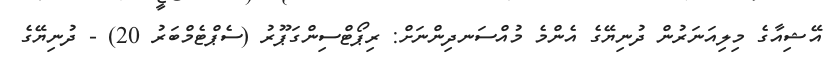
އޭޝިއާގެ މިލިއަނަރުން ދުނިޔޭގެ އެންމެ މުއްސަނދިންނަށް: ރިޕޯޓްސިންގަޕޫރު (ސެޕްޓެމްބަރު 20) - ދުނިޔޭގެ